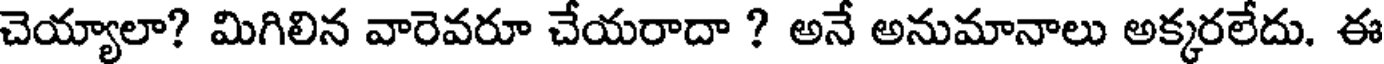
చెయ్యాలా? మిగిలిన వారెవరూ చేయరాదా ? అనే అనుమానాలు అక్కరలేదు. ఈ